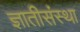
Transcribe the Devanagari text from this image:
ज्ञातीसंस्था